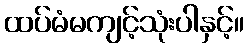
ထပ်မံမကျင့်သုံးပါနှင့်။